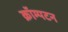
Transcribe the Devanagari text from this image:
क्रॉम्पटन